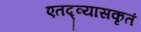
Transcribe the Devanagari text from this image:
एतद्व्यासकृतं